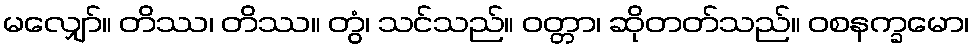
မလျှော်။ တိဿ၊ တိဿ။ တွံ၊ သင်သည်။ ဝတ္တာ၊ ဆိုတတ်သည်။ ဝစနက္ခမော၊